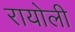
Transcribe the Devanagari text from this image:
रायोली